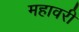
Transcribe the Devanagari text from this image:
महावरी